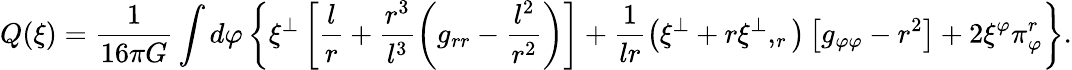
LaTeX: Q(\xi)=\frac{1}{16\pi G}\int d\varphi\left\{ \xi^{\perp}\left[\frac{l}{r}+\frac{r^{3}}{l^{3}}\left(g_{rr}-\frac{l^{2}}{r^{2}}\right)\right]+\frac{1}{lr}\left(\xi^{\perp}+r\xi^{\perp},_{r}\right)\left[g_{\varphi\varphi}-r^{2}\right]+2\xi^{\varphi}\pi_{\varphi}^{r}\right\} .